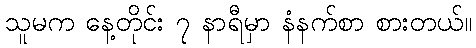
သူမက နေ့တိုင်း ၇ နာရီမှာ နံနက်စာ စားတယ်။